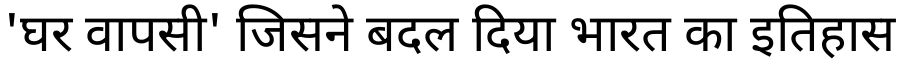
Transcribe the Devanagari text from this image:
'घर वापसी' जिसने बदल दिया भारत का इतिहास